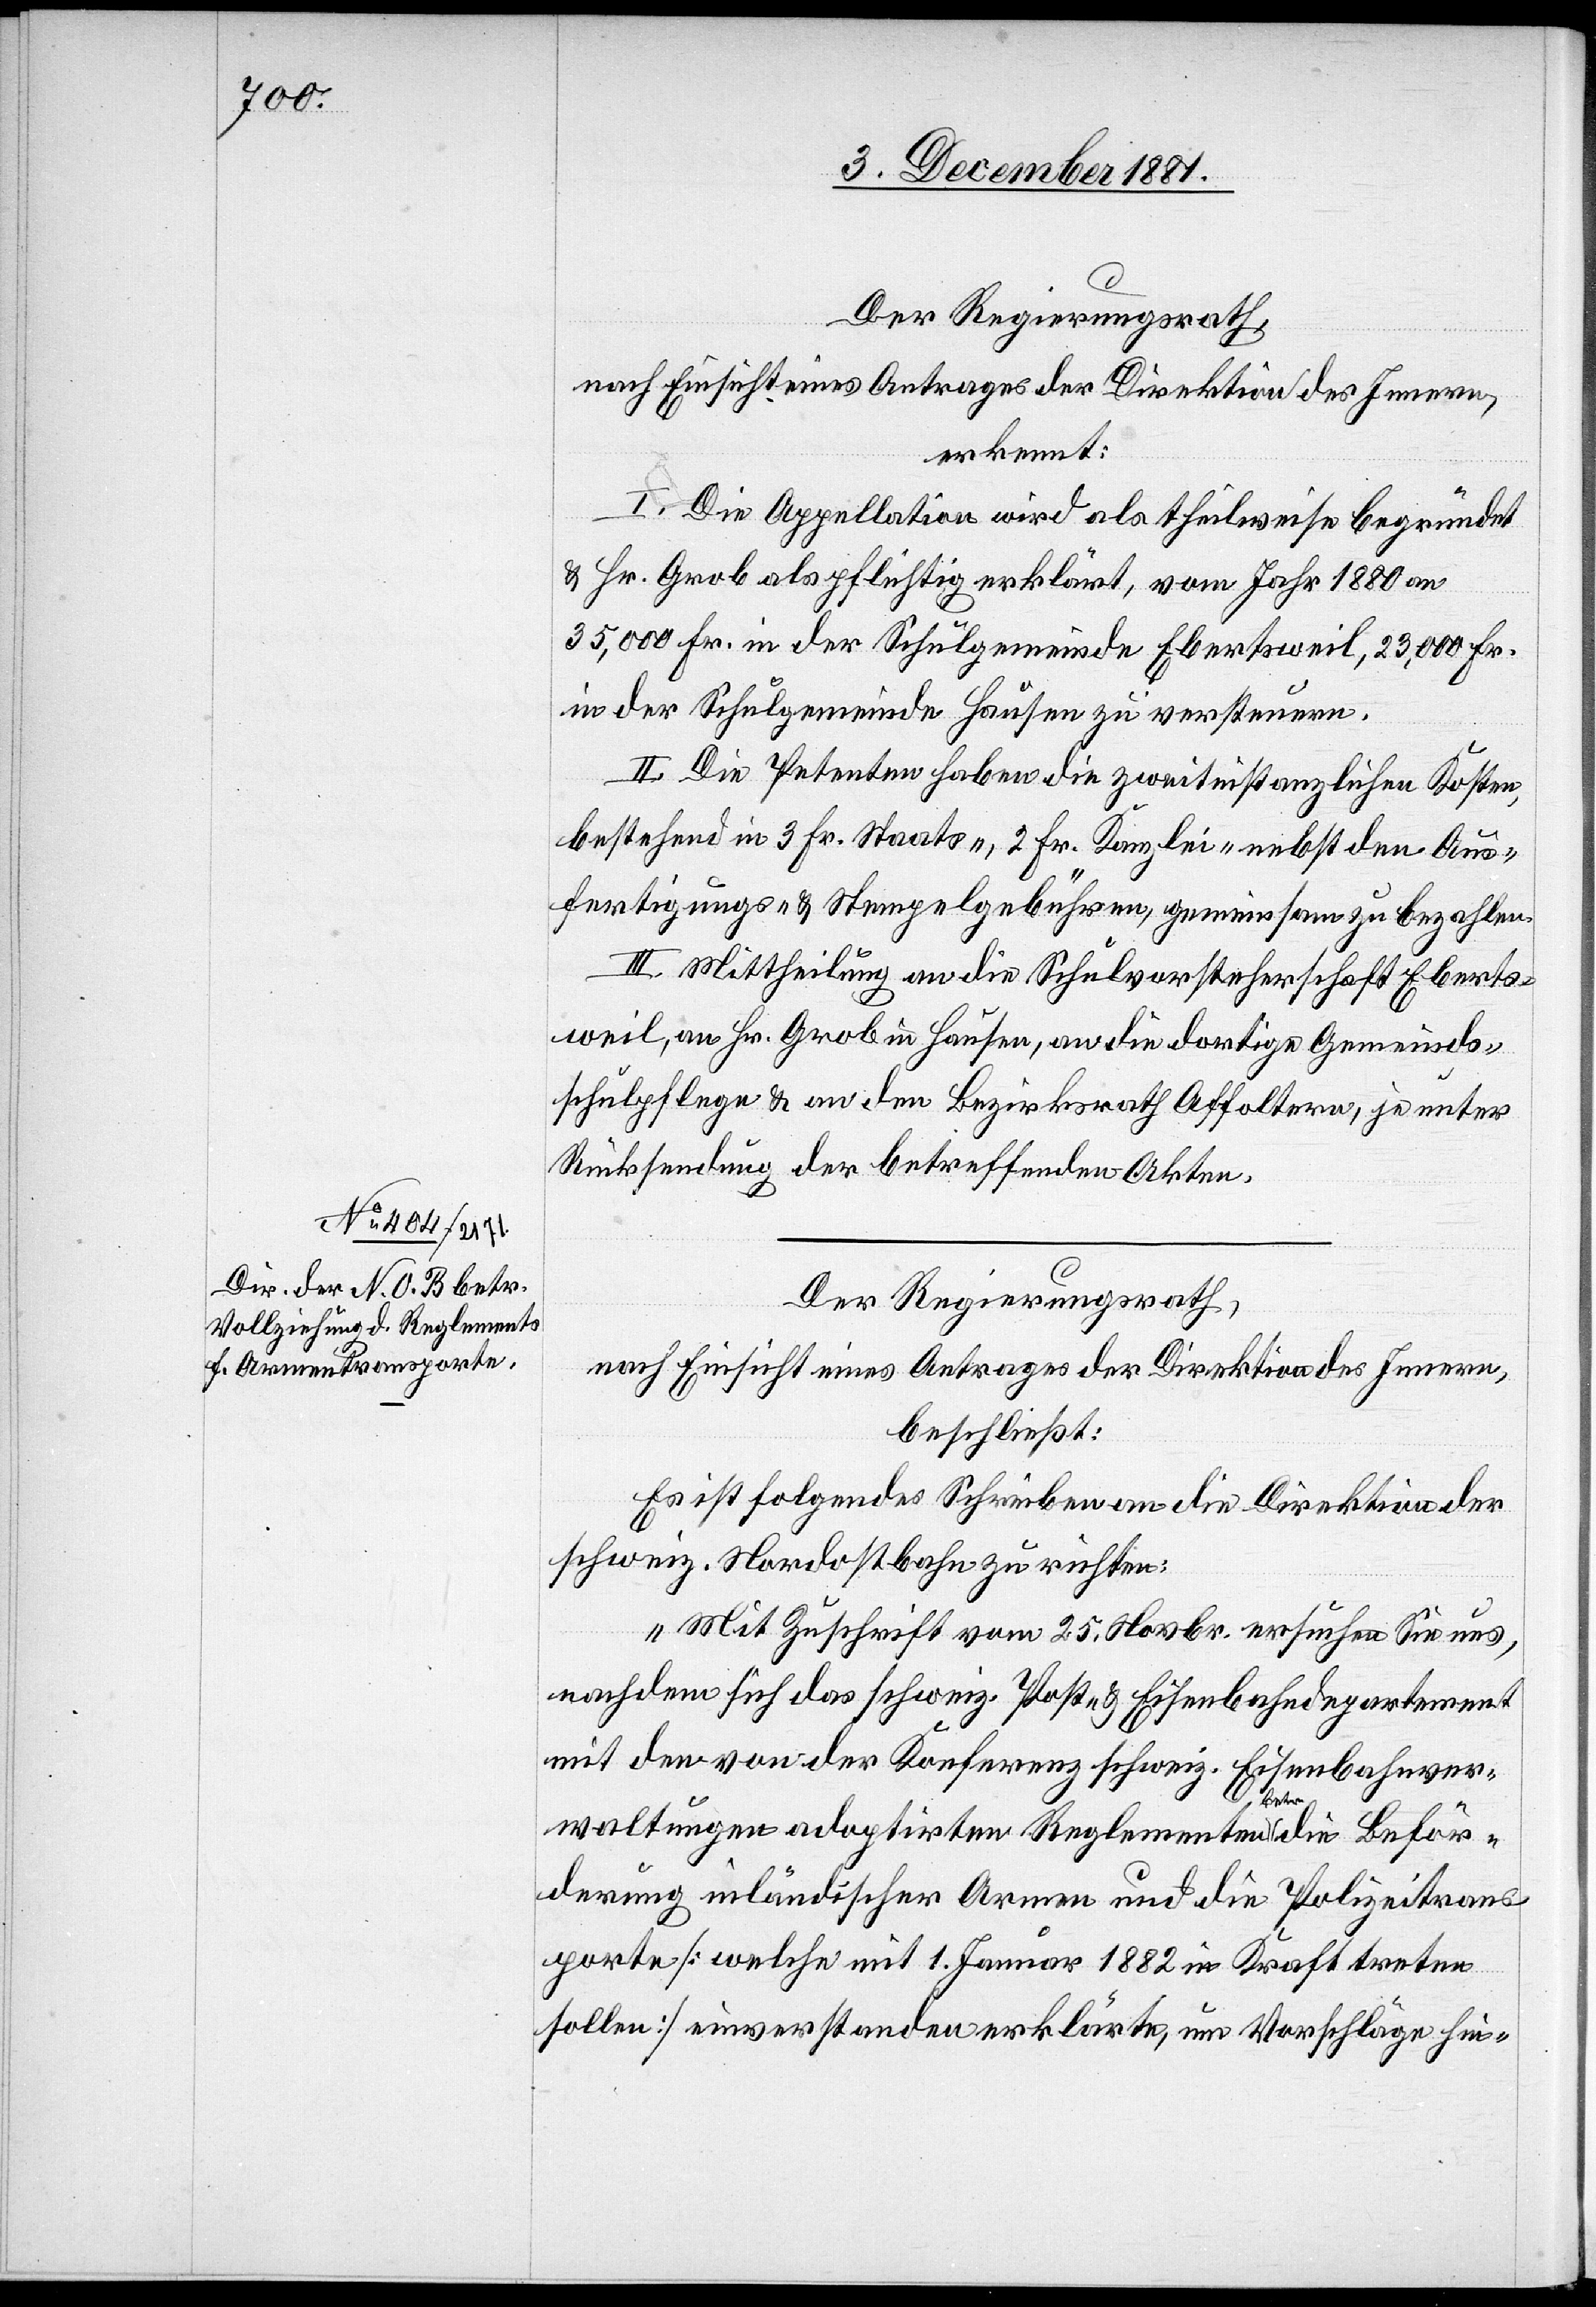
erkennt:
I. Die Appellation wird als theilweise begründet
& Hr. Grob als pflichtig erklärt, vom Jahr 1880 an
35,000 Fr. in der Schulgemeinde Ebertsweil, 23,000 Fr.
in der Schulgemeinde Hausen zu versteuern.
II. Die Petenten haben die zweitinstanzlichen Kosten,
bestehend in 3 Fr. Staats-, 2 Fr. Kanzlei- nebst den Aus¬
fertigungs- & Stempelgebühren, gemeinsam zu bezahlen.
III. Mittheilung an die Schulvorsteherschaft Eberts¬
weil, an Hr. Grob in Hausen, an die dortige Gemeinds¬
schulpflege & an den Bezirksrath Affoltern, je unter
Rücksendung der betreffenden Akten.
Der Regierungsrath,
nach Einsicht eines Antrages der Direktion des Innern,
beschließt:
Es ist folgendes Schreiben an die Direktion der
schweiz. Nordostbahn zu richten:
„Mit Zuschrift vom 25. Novbr. ersuchen Sie uns,
nachdem sich das schweiz. Post- & Eisenbahndepartement
mit den von der Konferenz schweiz. Einbahnver¬
waltungen adoptirten Reglementen betr. die Beför¬
derung inländischer Armen und die Polizeitrans¬
porte [welche mit 1. Januar 1882 in Kraft treten
sollen] einverstanden erklärte, um Vorschläge hin-